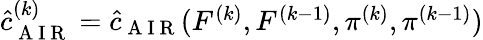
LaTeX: \begin{array}{r}{\hat{c}_{\mathrm{~A~I~R~}}^{(k)}=\hat{c}_{\mathrm{~A~I~R~}}(F^{(k)},F^{(k-1)},\pi^{(k)},\pi^{(k-1)})}\end{array}